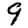
Digit: 9